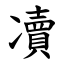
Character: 凟